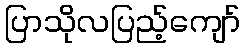
ပြာသိုလပြည့်ကျော်